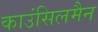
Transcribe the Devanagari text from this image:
काउंसिलमैन